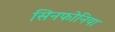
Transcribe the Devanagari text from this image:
सिनफोनिया